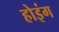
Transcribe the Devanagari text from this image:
होइंग